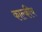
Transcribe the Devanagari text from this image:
काल्कीय